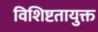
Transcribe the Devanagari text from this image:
विशिष्टतायुक्त